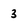
Character: 3